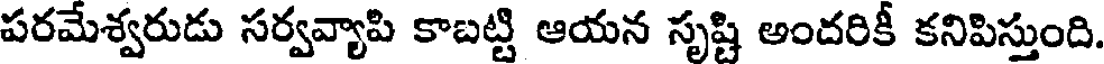
పరమేశ్వరుడు సర్వవ్యాపి కాబట్టి ఆయన సృష్టి అందరికీ కనిపిస్తుంది